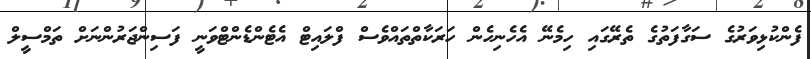
ފެންކުޅިވަރުގެ ސަގާފަތުގެ ތެރޭގައި ހިމެނޭ އެހެނިހެން ހަރަކާތްތައްވެސް ފްލައިޓް އެޓެންޑެންޓްވަނީ ފަސިންޖަރުންނަށް ތަމްސީލް